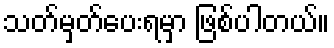
သတ်မှတ်ပေးရမှာ ဖြစ်ပါတယ်။